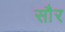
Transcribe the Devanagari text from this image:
साैर